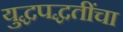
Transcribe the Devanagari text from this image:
युद्धपद्धतींचा